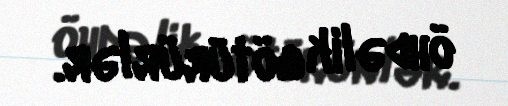
öhdəlik götürürlər.